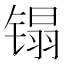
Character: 𰾬